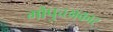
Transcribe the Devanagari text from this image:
गोपुच्छाकार